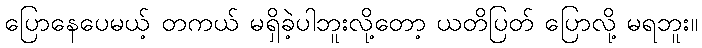
ပြောနေပေမယ့် တကယ် မရှိခဲ့ပါဘူးလို့တော့ ယတိပြတ် ပြောလို့ မရဘူး။